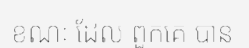
ខណៈ ដែល ពួកគេ បាន